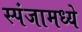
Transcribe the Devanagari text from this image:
स्पंजामध्ये